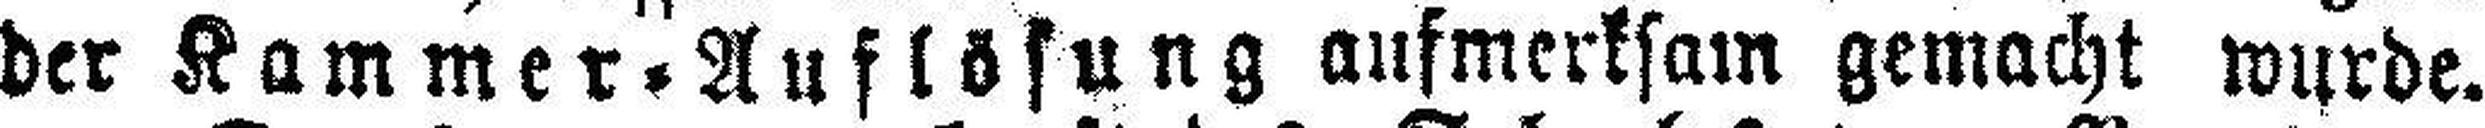
der Kammer=Auflösung aufmerksam gemacht wurde.